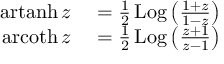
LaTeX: \begin{array} { r l } { \operatorname { a r t a n h } z } & { { } = { \frac { 1 } { 2 } } \operatorname { L o g } \left( { \frac { 1 + z } { 1 - z } } \right) } \\ { \operatorname { a r c o t h } z } & { { } = { \frac { 1 } { 2 } } \operatorname { L o g } \left( { \frac { z + 1 } { z - 1 } } \right) } \end{array}